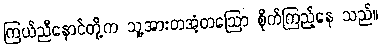
ကြယ်ညီနောင်တို့က သူ့အားတအံ့တဩော စိုက်ကြည့်နေ သည်။